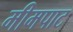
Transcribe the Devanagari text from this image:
मीमपाट